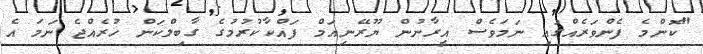
"ކޮންމެ ފެންވަރެއްގައި ނަމަވެސް އީރާނުން ޔޫރޭނިއަމް ފައްކާކުރުމުގެ ގާބިލްކަން ހުރެއްޖެ ނަމަ އެ